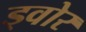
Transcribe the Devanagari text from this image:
ड्वोर